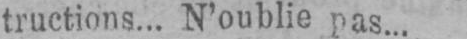
tructions... N’oublie pas...